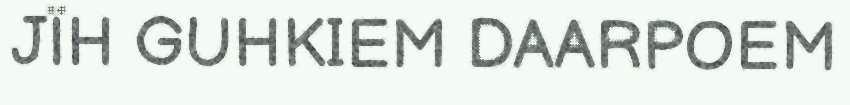
JÏH GUHKIEM DAARPOEM